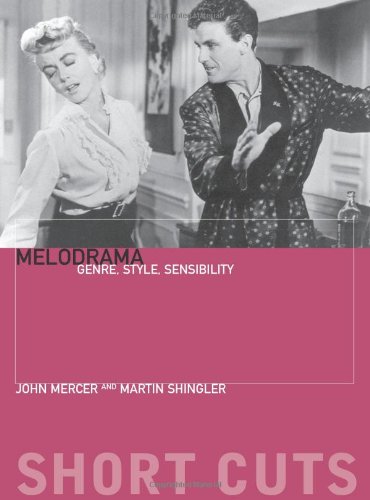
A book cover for Melodrama: Genre, Style, and Sensibility (Short Cuts); John Mercer; Humor & Entertainment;